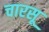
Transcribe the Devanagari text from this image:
चारसू